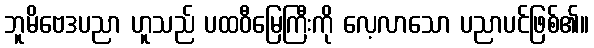
ဘူမိဗေဒပညာ ဟူသည် ပထဝီမြေကြီးကို လေ့လာသော ပညာပင်ဖြစ်၏။